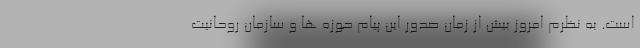
است. به نظرم امروز بیش از زمان صدور این پیام حوزه ها و سازمان روحانیت